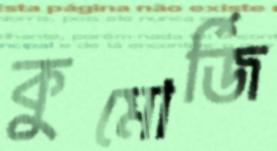
কুমোর্জি